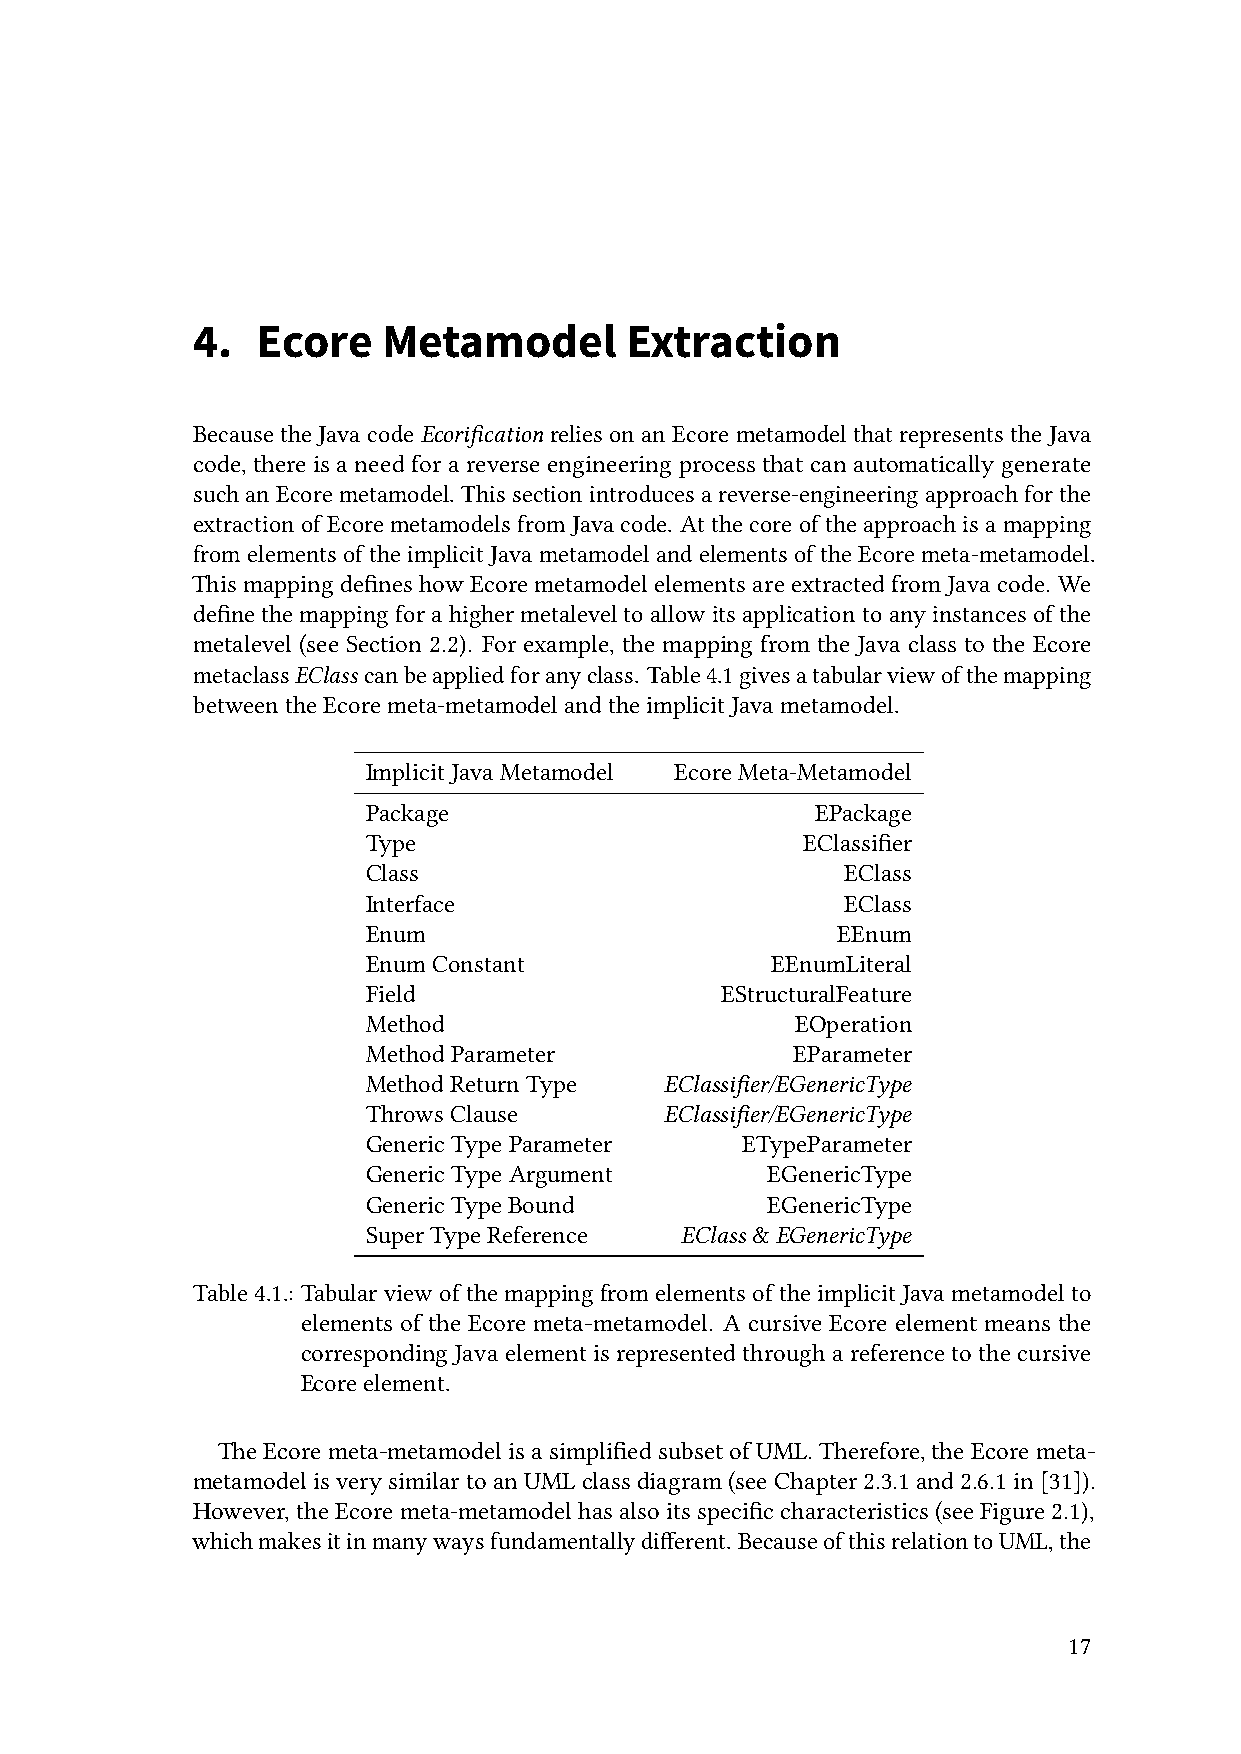
4.  Ecore   Metamodel       Extraction
 Becausethe JavacodeEcorification reliesonan Ecoremetamodelthat represents theJava
 code, there is a need for a reverse engineering process that can automatically generate
 such anEcoremetamodel. This section introducesa reverse-engineering approachfor the
 extractionofEcoremetamodelsfromJavacode. Atthecoreoftheapproachisamapping
 fromelementsoftheimplicitJavametamodelandelementsoftheEcoremeta-metamodel.
 ThismappingdefineshowEcoremetamodelelementsareextractedfromJavacode. We
 definethemappingforahighermetaleveltoallowitsapplicationtoanyinstancesofthe
 metalevel (see Section 2.2). For example, the mapping from the Java class to the Ecore
 metaclassEClasscanbeappliedforanyclass. Table4.1givesatabularviewofthemapping
 betweentheEcoremeta-metamodelandtheimplicitJavametamodel.
 ImplicitJavaMetamodel EcoreMeta-Metamodel
 Package                       EPackage
 Type                         EClassifier
 Class                           EClass
 Interface                       EClass
 Enum                           EEnum
 EnumConstant               EEnumLiteral
 Field                   EStructuralFeature
 Method                       EOperation
 MethodParameter             EParameter
 MethodReturnType    EClassifier/EGenericType
 ThrowsClause        EClassifier/EGenericType
 GenericTypeParameter     ETypeParameter
 GenericTypeArgument        EGenericType
 GenericTypeBound           EGenericType
 SuperTypeReference   EClass &EGenericType
 Table4.1.:TabularviewofthemappingfromelementsoftheimplicitJavametamodelto
 elements of the Ecore meta-metamodel. A cursive Ecore element means the
 correspondingJavaelementisrepresentedthroughareferencetothecursive
 Ecoreelement.
 TheEcoremeta-metamodelisasimplifiedsubsetofUML.Therefore,theEcoremeta-
 metamodelisverysimilartoanUMLclassdiagram(seeChapter2.3.1and2.6.1in[31]).
 However,theEcoremeta-metamodelhasalsoitsspecificcharacteristics(seeFigure2.1),
 whichmakesitinmanywaysfundamentallydifferent. BecauseofthisrelationtoUML,the
 17